Lunatic asylums Central Provinces reports 1895-1909 - 1895-1909
Year: 1895
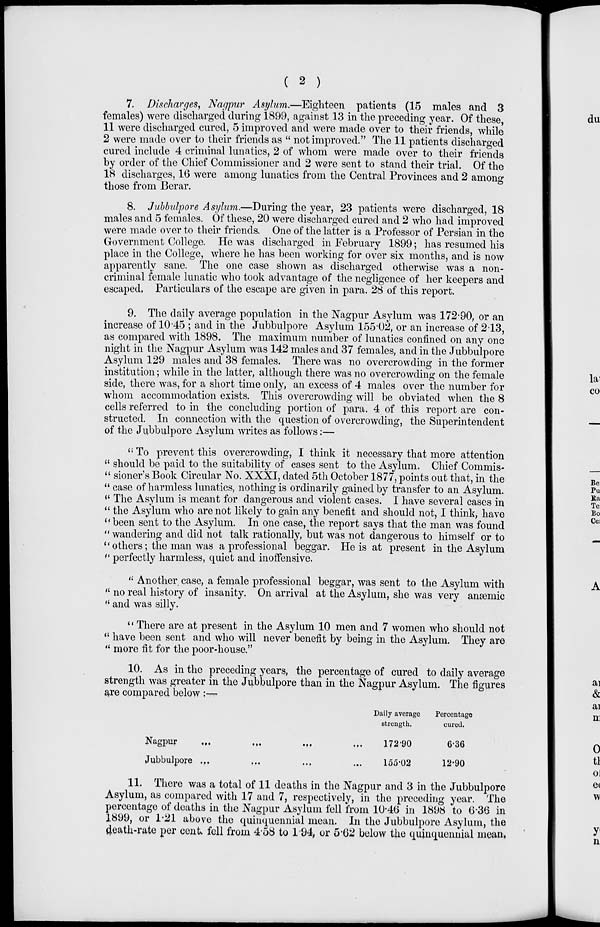
( 2 )
7. Discharges, Nagpur Asylum.—Eighteen patients (15 males and 3
females) were discharged during 1899, against 13 in the preceding year. Of these,
11 were discharged cured, 5 improved and were made over to their friends, while
2 were made over to their friends as " not improved." The 11 patients discharged
cured include 4 criminal lunatics, 2 of whom were made over to their friends
by order of the Chief Commissioner and 2 were sent to stand their trial. Of the
18 discharges, 16 were among lunatics from the Central Provinces and 2 among
those from Berar.
8. Jubbulpore Asylum.—During the year, 23 patients were discharged, 18
males and 5 females. Of these, 20 were discharged cured and 2 who had improved
were made over to their friends. One of the latter is a Professor of Persian in the
Government College. He was discharged in February 1899; has resumed his
place in the College, where he has been working for over six months, and is now
apparently sane. The one case shown as discharged otherwise was a non-
criminal female lunatic who took advantage of the negligence of her keepers and
escaped. Particulars of the escape are given in para. 28 of this report.
9. The daily average population in the Nagpur Asylum was 172.90, or an
increase of 10.45 ; and in the Jubbulpore Asylum 155.02, or an increase of 2.13,
as compared with 1898. The maximum number of lunatics confined on any one
night in the Nagpur Asylum was 142 males and 37 females, and in the Jubbulpore
Asylum 129 males and 38 females. There was no overcrowding in the former
institution; while in the latter, although there was no overcrowding on the female
side, there was, for a short time only, an excess of 4 males over the number for
whom accommodation exists. This overcrowding will be obviated when the 8
cells referred to in the concluding portion of para. 4 of this report are con-
structed. In connection with the question of overcrowding, the Superintendent
of the Jubbulpore Asylum writes as follows:—
"To prevent this overcrowding, I think it necessary that more attention
" should be paid to the suitability of cases sent to the Asylum. Chief Commis-
" sioner's Book Circular No. XXXI, dated 5th October 1877, points out that, in the
" case of harmless lunatics, nothing is ordinarily gained by transfer to an Asylum.
" The Asylum is meant for dangerous and violent cases. I have several cases in
" the Asylum who are not likely to gain any benefit and should not, I think, have
"been sent to the Asylum. In one case, the report says that the man was found
"wandering and did not talk rationally, but was not dangerous to himself or to
"others; the man was a professional beggar. He is at present in the Asylum
" perfectly harmless, quiet and inoffensive.
" Another case, a female professional beggar, was sent to the Asylum with
" no real history of insanity. On arrival at the Asylum, she was very anæmic
" and was silly.
" There are at present in the Asylum 10 men and 7 women who should not
" have been sent and who will never benefit by being in the Asylum. They are
" more fit for the poor-house."
10. As in the preceding years, the percentage of cured to daily average
strength was greater in the Jubbulpore than in the Nagpur Asylum. The figures
are compared below :—
Nagpur ... ... ... ...
Jubbulpore
...
...
...
Daily average
strength.
172.90
155.02
Percentage
cured.
6.36
12.90
11. There was a total of 11 deaths in the Nagpur and 3 in the Jubbulpore
Asylum, as compared with 17 and 7, respectively, in the preceding year. The
percentage of deaths in the Nagpur Asylum fell from 10.46 in 1898 to 6.36 in
1899, or 1.21 above the quinquennial mean. In the Jubbulpore Asylum, the
death-rate per cent fell from 4.58 to 1.94, or 5.62 below the quinquennial mean,